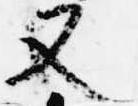
又